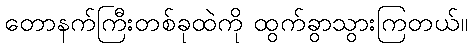
တောနက်ကြီးတစ်ခုထဲကို ထွက်ခွာသွားကြတယ်။